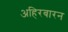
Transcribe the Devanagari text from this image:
अहिरबारन